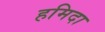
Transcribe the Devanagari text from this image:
हमिदा